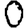
Digit: 0